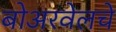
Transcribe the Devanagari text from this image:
बोअरवेलचे